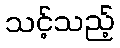
သင့်သည့်